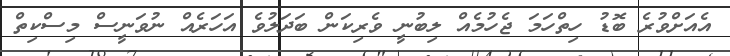
އެއަށްވުރެ ބޮޑު ހިތްހަމަ ޖެހުމެއް ލިބުނީ ވެރިކަން ބަދަލުވެ އަހަރެއް ނުވަނީސް މިސްކިތް